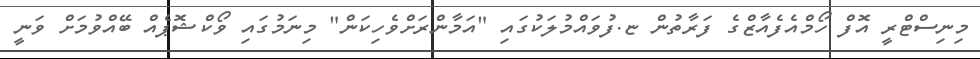
މިނިސްޓްރީ އޮފް ހޯމްއެފެއާޒްގެ ފަރާތުން ޏ.ފުވައްމުލަކުގައި "އަމާންރަށްވެހިކަން" މިނަމުގައި ވޯކްޝޮޕެއް ބޭއްވުމަށް ވަނީ